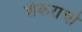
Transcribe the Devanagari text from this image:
शंकरार्चा